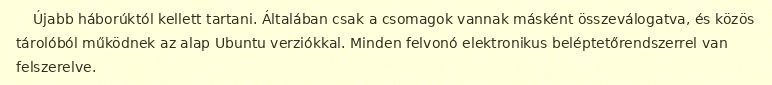
Újabb háborúktól kellett tartani. Általában csak a csomagok vannak másként összeválogatva, és közös tárolóból működnek az alap Ubuntu verziókkal. Minden felvonó elektronikus beléptetőrendszerrel van felszerelve.